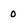
Character: 0